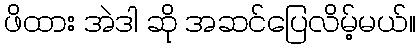
ဖိထား အဲဒါ ဆို အဆင်ပြေလိမ့်မယ်။